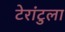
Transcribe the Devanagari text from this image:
टेरांटुला